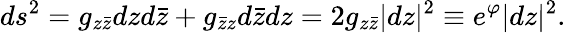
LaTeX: ds^{2}=g_{z\bar{z}}dzd\bar{z}+g_{\bar{z}z}d\bar{z}dz=2g_{z\bar{z}}|dz|^{2}\equiv e^{\varphi}|dz|^{2}.